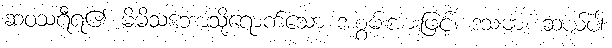
ဆဝသရီရ၏ မိမိသဘောသို့ရောက်သော အစွမ်းအားဖြင့်။ ဒသဓာ၊ ဆယ်ပါး